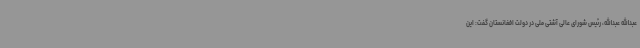
عبدالله عبدالله، رئیس شورای عالی آشتی ملی در دولت افغانستان گفت: این